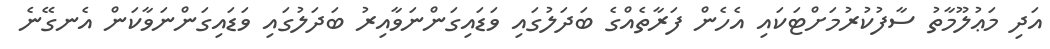
އަދި މަޢުލޫމާތު ސާފުކުރުމަށްޓަކައި އެހެން ފަރާތެއްގެ ބަދަލުގައި ވަޑައިގަންނަވާއިރު ބަދަލުގައި ވަޑައިގަންނަވާކަން އެނގޭނެ